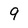
Character: 9